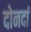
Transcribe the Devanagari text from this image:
दोनदां